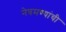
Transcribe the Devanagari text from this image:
नेत्रमण्यांची